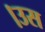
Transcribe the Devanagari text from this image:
।उस